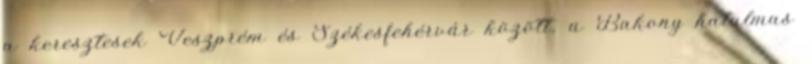
a keresztesek Veszprém és Székesfehérvár között, a Bakony hatalmas